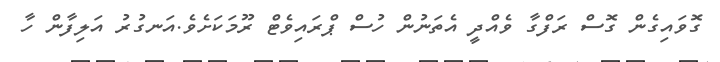
ގޮވައިގެން ގޮސް ރަފްގާ ވެއްދީ އެތަނުން ހުސް ޕްރައިވެޓް ރޫމަކަށެވެ.އަނގުރު އަލިފާން ހާ